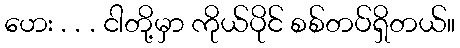
ဟေး . . . ငါတို့မှာ ကိုယ်ပိုင် စစ်တပ်ရှိတယ်။